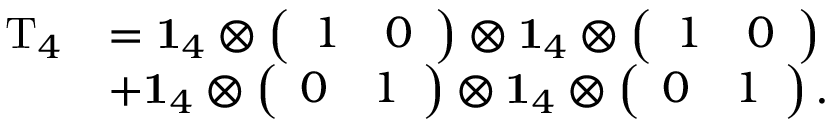
\begin{array} { r l } { \mathrm { T } _ { 4 } } & { = \mathbf { 1 } _ { 4 } \otimes \left( \begin{array} { l l } { 1 } & { 0 } \end{array} \right) \otimes \mathbf { 1 } _ { 4 } \otimes \left( \begin{array} { l l } { 1 } & { 0 } \end{array} \right) } \\ & { + \mathbf { 1 } _ { 4 } \otimes \left( \begin{array} { l l } { 0 } & { 1 } \end{array} \right) \otimes \mathbf { 1 } _ { 4 } \otimes \left( \begin{array} { l l } { 0 } & { 1 } \end{array} \right) . } \end{array}